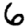
Digit: 6